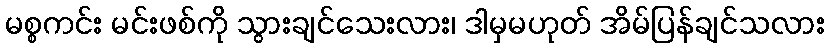
မစ္စကင်း မင်းဖစ်ကို သွားချင်သေးလား၊ ဒါမှမဟုတ် အိမ်ပြန်ချင်သလား